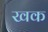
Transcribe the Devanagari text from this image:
खक